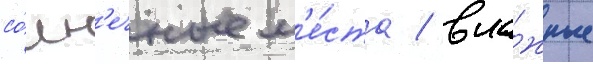
со́лн'ечные м'е́ста / вла́жные